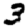
Digit: 3